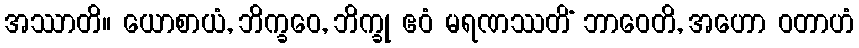
အဿာတိ။ ယောစာယံ, ဘိက္ခဝေ, ဘိက္ခု ဧဝံ မရဏဿတိံ ဘာဝေတိ, အဟော ဝတာဟံ